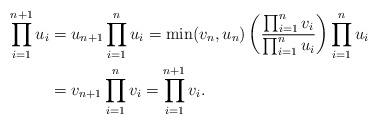
LaTeX: \begin{align*}\prod_{i=1}^{n+1} u_i & = u_{n+1}\prod_{i=1}^n u_i = \min(v_n,u_n) \left( \frac{\prod_{i=1}^n v_i}{\prod_{i=1}^n u_i}\right) \prod_{i=1}^n u_i \\& = v_{n+1}\prod_{i=1}^n v_i = \prod_{i=1}^{n+1} v_i.\end{align*}